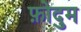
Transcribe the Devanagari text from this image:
फ़ोदुम